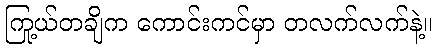
ကြယ်တချို့က ကောင်းကင်မှာ တလက်လက်နဲ့။